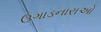
ઉગાડનારાઓ